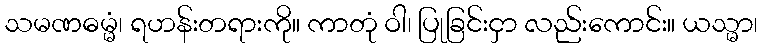
သမဏဓမ္မံ၊ ရဟန်းတရားကို။ ကာတုံ ဝါ၊ ပြုခြင်းငှာ လည်းကောင်း။ ယသ္မာ၊